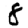
Digit: 8